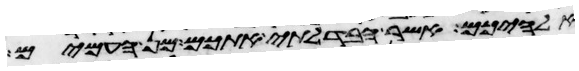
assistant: אלהיכם אשר הבדלתי אתכם מן העמים